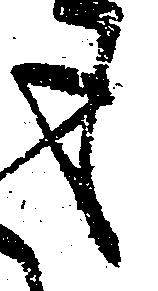
も